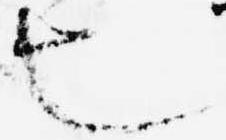
也